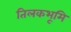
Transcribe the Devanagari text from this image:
तिलकभूमि